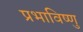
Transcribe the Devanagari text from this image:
प्रभाविष्णु